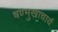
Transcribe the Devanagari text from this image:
षण्मुखाचार्य